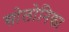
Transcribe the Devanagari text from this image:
सोलोनिका